Annual administration report of the Civil Veterinary Department of India - 1895-1896
Year: 1895
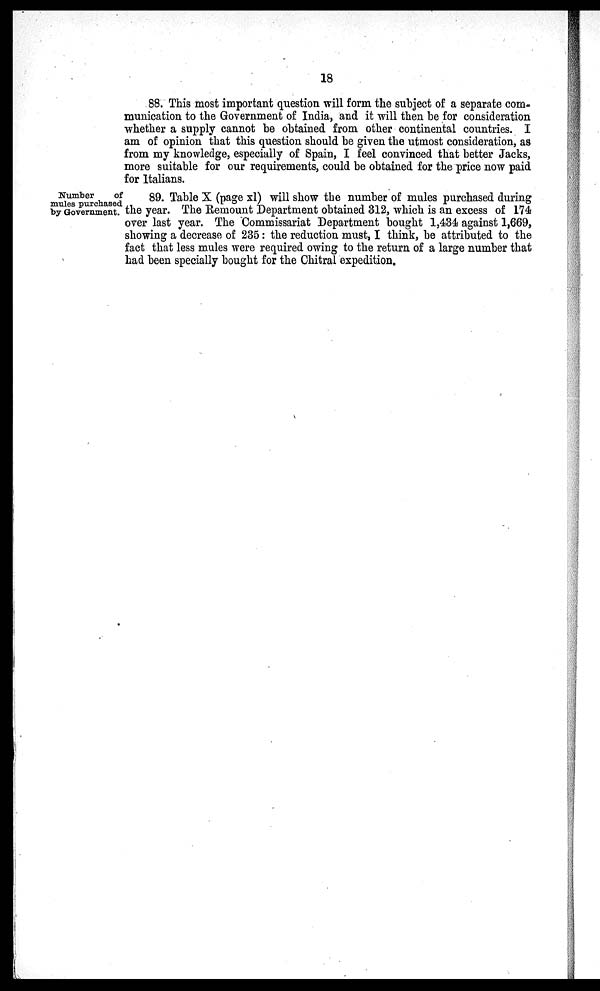
18
88. This most important question will form the subject of a separate com-
munication to the Government of India, and it will then be for consideration
whether a supply cannot be obtained from other continental countries. I
am of opinion that this question should be given the utmost consideration, as
from my knowledge, especially of Spain, I feel convinced that better Jacks,
more suitable for our requirements, could be obtained for the price now paid
for Italians.
Number
of
mules purchased
by Government.
89. Table X (page xl) will show the number of mules purchased during
the year. The Remount Department obtained 312, which is an excess of 174
over last year. The Commissariat Department bought 1,434 against 1,669,
showing a decrease of 235: the reduction must, I think, be attributed to the
fact that less mules were required owing to the return of a large number that
had been specially bought for the Chitral expedition.